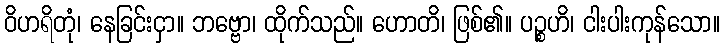
ဝိဟရိတုံ၊ နေခြင်းငှာ။ ဘဗ္ဗော၊ ထိုက်သည်။ ဟောတိ၊ ဖြစ်၏။ ပဉ္စဟိ၊ ငါးပါးကုန်သော။